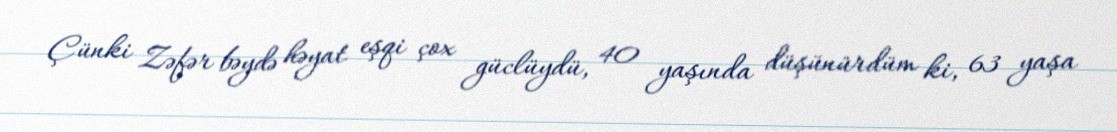
Çünki Zəfər bəydə həyat eşqi çox güclüydü, 40 yaşında düşünürdüm ki, 63 yaşa